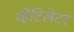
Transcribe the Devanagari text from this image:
व्हेंटिलेटर